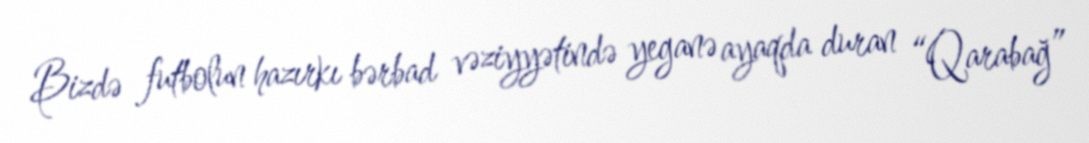
Bizdə futbolun hazırkı bərbad vəziyyətində yeganə ayaqda duran “Qarabağ”